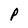
Character: P